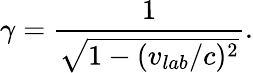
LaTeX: \gamma=\frac{1}{\sqrt{1-(v_{lab}/c)^{2}}}.